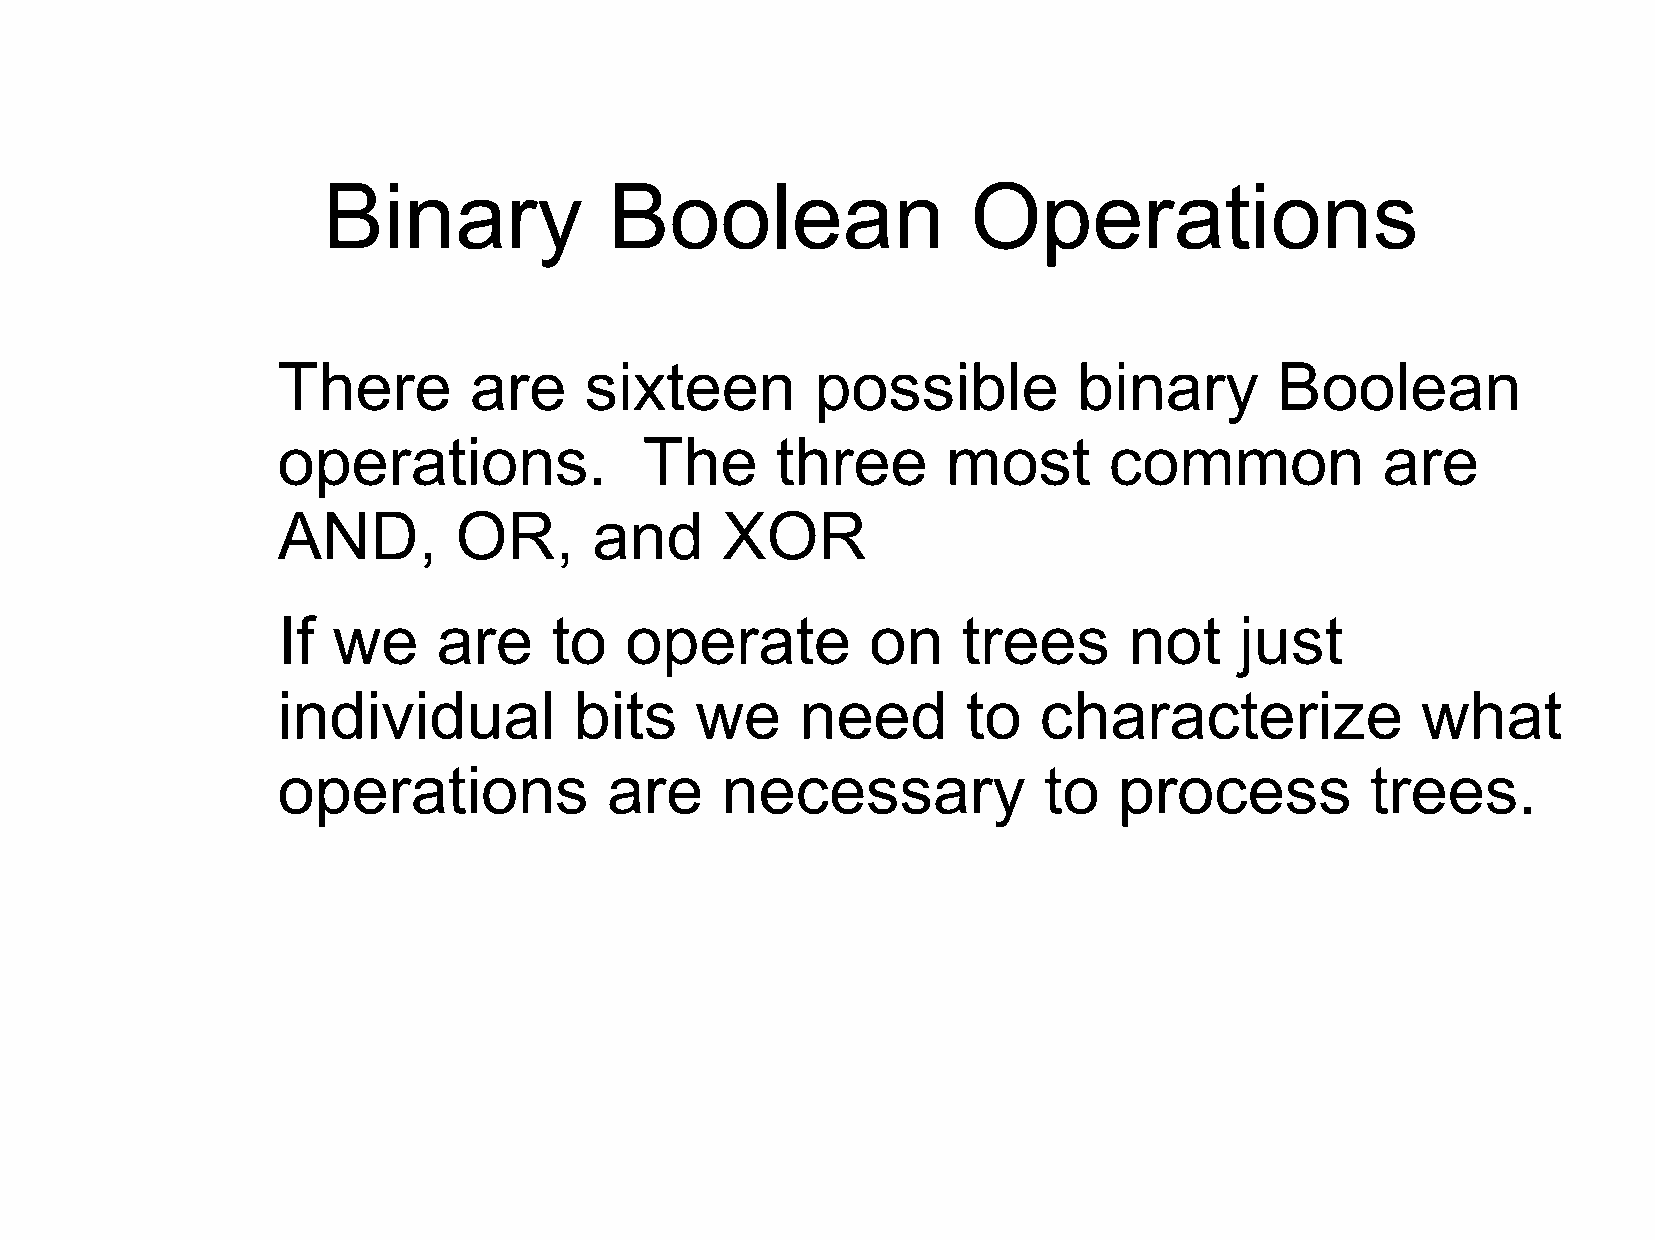
Binary             Boolean                 Operations
 There        are     sixteen        possible         binary        Boolean
 operations.              The     three       most      common            are
 AND,        OR,      and      XOR
 If  we     are    to   operate          on    trees      not    just
 individual          bits    we     need       to   characterize             what
 operations            are     necessary            to   process          trees.